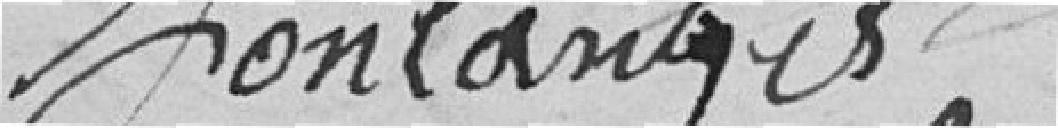
Fontanges